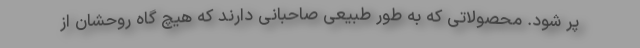
پر شود. محصولاتی که به طور طبیعی صاحبانی دارند که هیچ گاه روحشان از